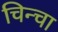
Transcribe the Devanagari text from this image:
चिन्चा